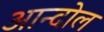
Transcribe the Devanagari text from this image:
आन्दोल